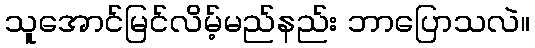
သူအောင်မြင်လိမ့်မည်နည်း ဘာပြောသလဲ။